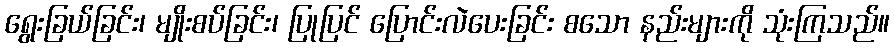
ရွေးခြယ်ခြင်း၊ မျိုးစပ်ခြင်း၊ ပြုပြင် ပြောင်းလဲပေးခြင်း စသော နည်းများကို သုံးကြသည်။